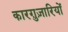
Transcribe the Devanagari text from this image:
कारग़ुज़ारियों